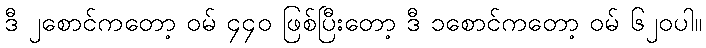
ဒီ ၂စောင်ကတော့ ဝမ် ၄၄၀ ဖြစ်ပြီးတော့ ဒီ ၁စောင်ကတော့ ဝမ် ၆၂၀ပါ။